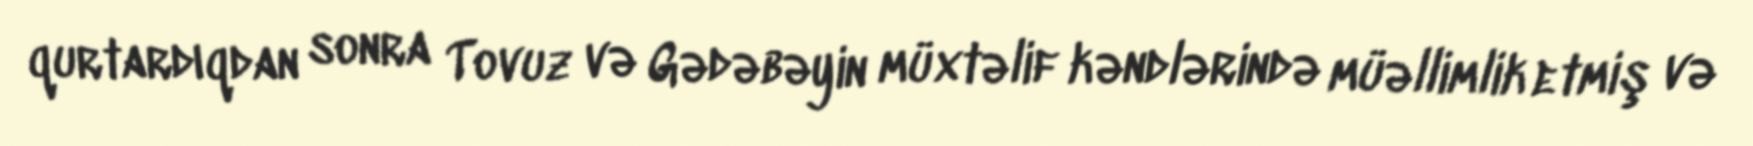
qurtardıqdan sonra Tovuz və Gədəbəyin müxtəlif kəndlərində müəllimlik etmiş və